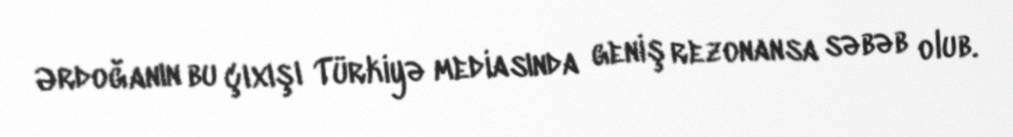
Ərdoğanın bu çıxışı Türkiyə mediasında geniş rezonansa səbəb olub.